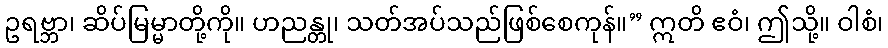
ဥရဗ္ဘာ၊ ဆိပ်မြမ္မာတို့ကို။ ဟညန္တု၊ သတ်အပ်သည်ဖြစ်စေကုန်။” ဣတိ ဧဝံ၊ ဤသို့။ ဝါစံ၊